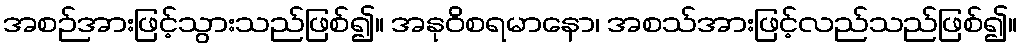
အစဉ်အားဖြင့်သွားသည်ဖြစ်၍။ အနုဝိစရမာနော၊ အစသ်အားဖြင့်လည်သည်ဖြစ်၍။